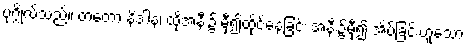
ပုဂ္ဂိုလ်သည်။ တတော နိဒါနံ၊ ထိုအနီး၌ မှီ၍ထိုင်နေခြင်း အနီး၌မှီ၍ အိပ်ခြင်းဟူသော